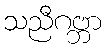
သညီဂဗ္ဘာ